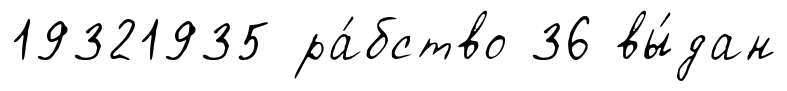
19321935 ра́бство 36 вы́дан